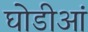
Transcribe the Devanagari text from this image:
घोडीआं